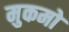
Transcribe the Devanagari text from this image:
मुकमो